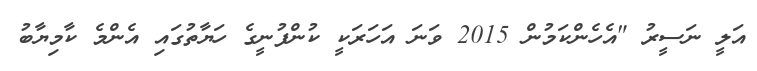
އަލީ ނަސީރު "އެހެންކަމުން 2015 ވަނަ އަހަރަކީ ކުންފުނީގެ ހަޔާތުގައި އެންމެ ކާމިޔާބު